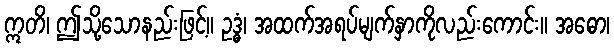
ဣတိ၊ ဤသို့သောနည်းဖြင့်။ ဥဒ္ဓံ၊ အထက်အရပ်မျက်နှာကိုလည်းကောင်း။ အဓော၊